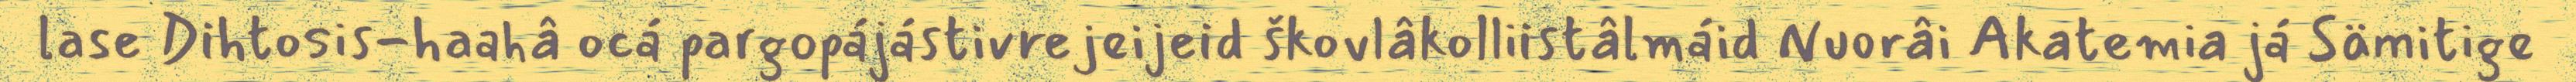
lase Dihtosis-haahâ ocá pargopájástivrejeijeid škovlâkolliistâlmáid Nuorâi Akatemia já Sämitige